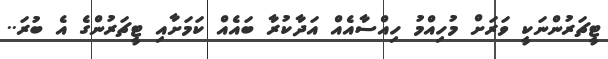
ޓީޗަރުންނަކީ ވަރަށް މުހިއްމު ހިއްސާއެއް އަދާކުރާ ބައެއް ކަމަށާއި ޓީޗަރުންގެ އެ ބުރަ..